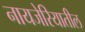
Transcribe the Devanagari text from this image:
नायजेरियातील